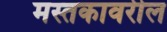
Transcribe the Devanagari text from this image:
मस्तकावरील